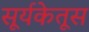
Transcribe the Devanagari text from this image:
सूर्यकेतूस